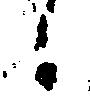
候